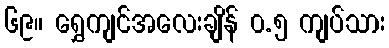
၆၉။ ရွှေကျင်အလေးချိန် ၀.၅ ကျပ်သား